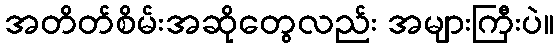
အတိတ်စိမ်းအဆိုတွေလည်း အများကြီးပဲ။